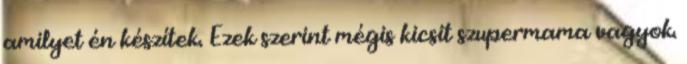
amilyet én készítek. Ezek szerint mégis kicsit szupermama vagyok.